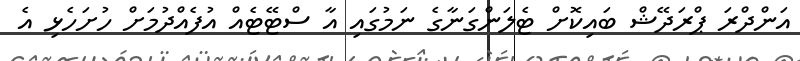
އަންދްރަ ޕްރަދޭޝް ބައިކޮށް ޓެލަންގަނާގެ ނަމުގައި އާ ސްޓޭޓެއް އުފެއްދުމަށް ހުށަހެޅި އެ